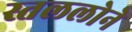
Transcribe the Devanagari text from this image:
स्तललोने